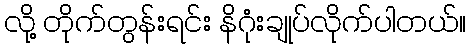
လို့ တိုက်တွန်းရင်း နိဂုံးချုပ်လိုက်ပါတယ်။